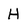
Character: H